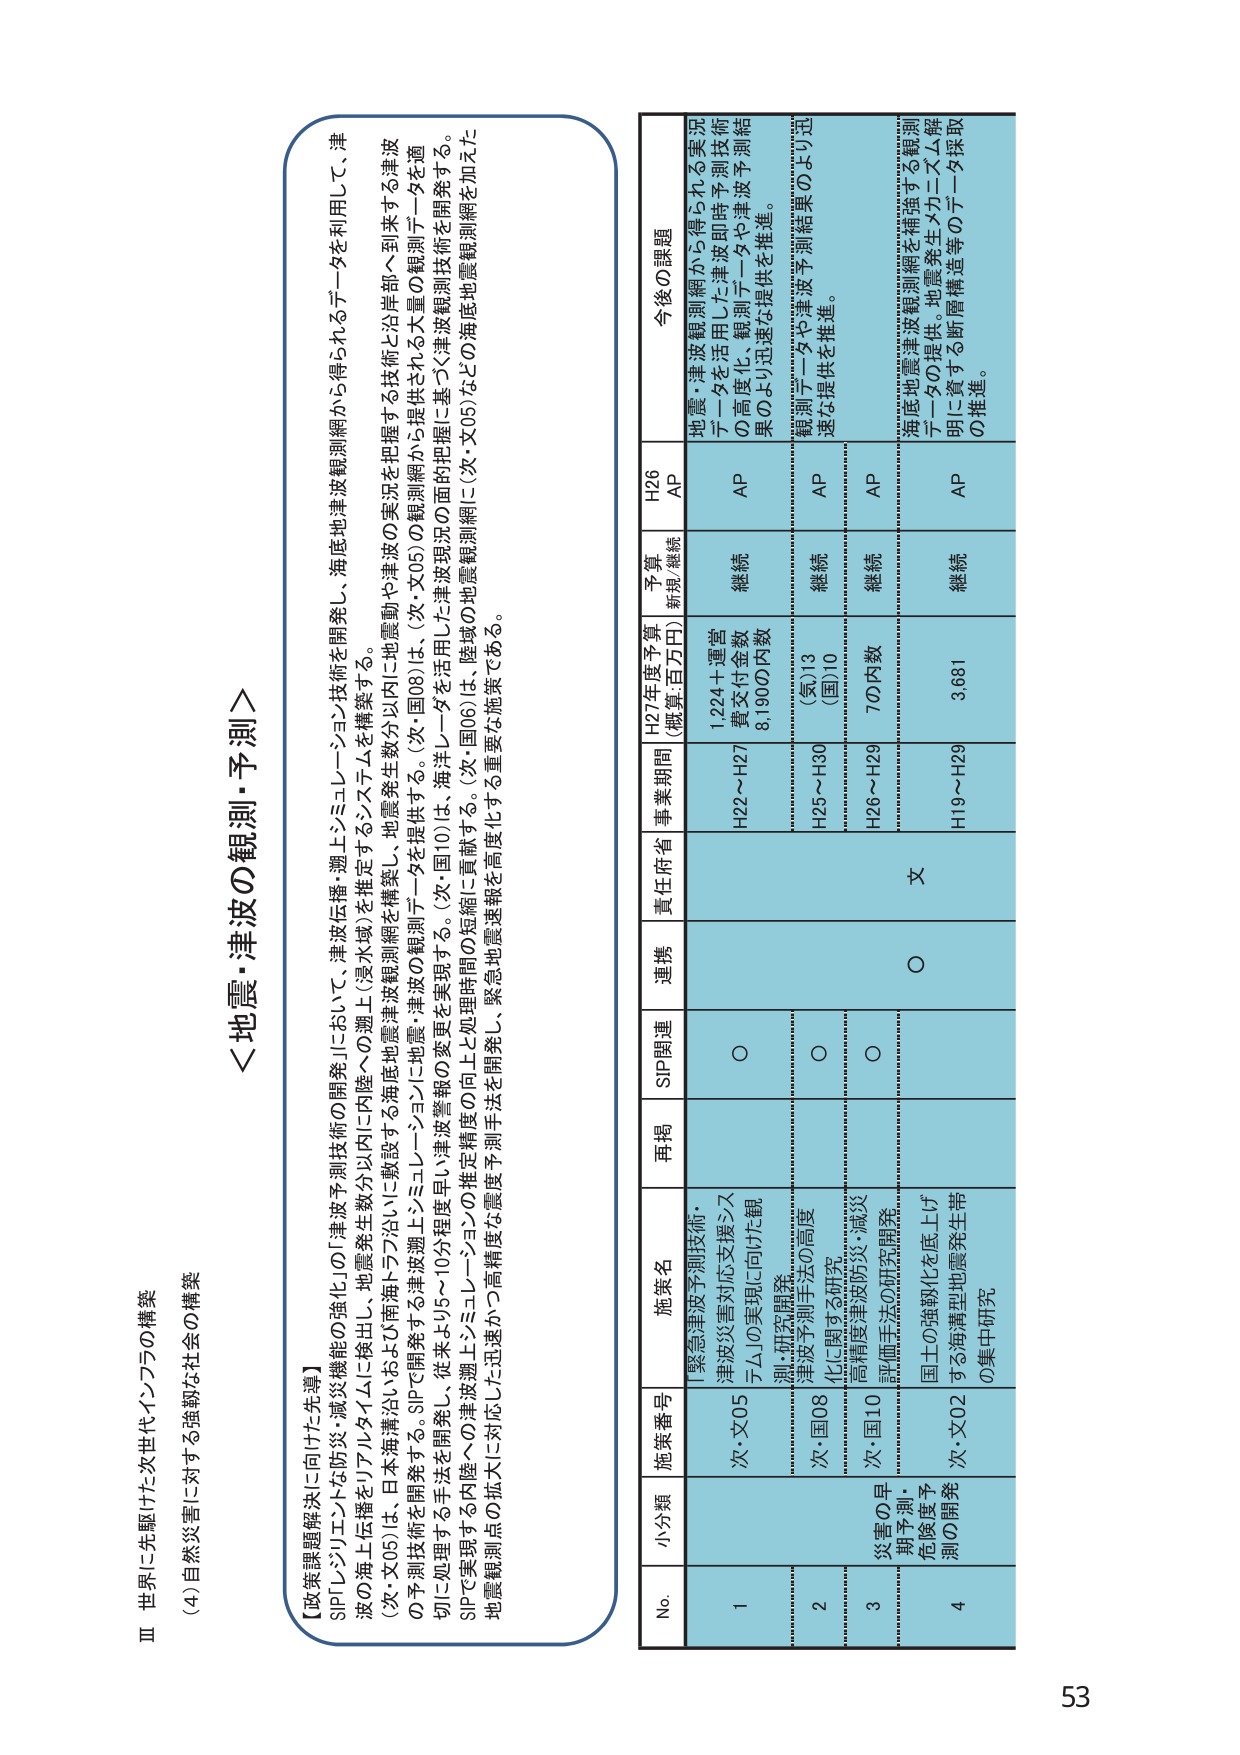
Ⅲ 世界に先駆けた次世代インフラの構築
(4) 自然災害に対する強靭な社会の構築

＜地震・津波の観測・予測＞

【政策課題解決に向けた先導】
SIP「レジリエントな防災・減災機能の強化」の「津波予測技術の開発」において、津波伝播・週上・シミュレーション技術を開発し、海底地震波観測網から得られるデータを利用して、津波の海上伝播をリアルタイムに検出し、地震発生数分以内に内陸への週上（浸水域）を推定するシステムを構築する。
〇予測技術を開発する。SIPで開発された「東海・東南海・南海トラフ沿いに敷設する海底地震・津波観測網」データを活用し、地震動や津波の実況を把握する技術と沿岸部へ到来する津波切に処理する手法を開発し、従来より5～10分程度早めに津波警報の発表を実現する。（次・国08）は、（次・文05）の観測網から提供される大量の観測データを適切に処理する手法を開発し、従来より5～10分程度早めに津波警報の発表を実現する。（次・国10）は、海洋レーダを活用した津波現況の面的把握に基づく津波観測技術を開発する。
SIPで実現する内陸への津波週上・シミュレーションの推定精度の向上と処理時間の短縮に貢献する。（次・国06）は、陸域の地震観測網に（次・文05）などの海底地震観測網を加え、地震観測点の拡大に対応した迅速かつ高精度な震度予測手法を開発し、緊急地震速報を高度化する重要施策である。

No. 小分類 施策番号 施策名 再掲 SIP関連 連携 責任府省 事業期間 H27年度予算 (概算:百万円) 予算 新規/継続 H26 AP 今後の課題
1 1,224＋運営 賞交付金数 8,190の内数 継続 AP 地震・津波観測網から得られる実況データを活用した津波即時予測技術の高度化、観測データや津波予測結果のより迅速な提供を推進。
2 津波予測手法の高度化に関する研究 次・国08 ○ ○ H25～H30 (気)13 (国)10 継続 AP 観測データや津波予測結果のより迅速な提供を推進。
3 高精度津波防災・減災評価手法の研究開発 次・国10 ○ ○ 文 H26～H29 70内数 継続 AP
4 災害の早期予測・危険度予測の開発 国土の強靭化を底上げする海溝型地震発生帯の集中研究 次・文02 ○ ○ H19～H29 3,681 継続 AP 海底地震津波観測網を補強する観測データの提供、地震発生メカニズム解明に資する断層構造等のデータ採取の推進。

53